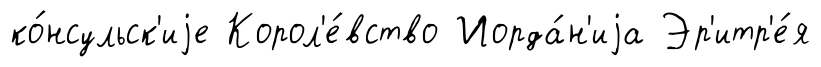
ко́нсульск'иjе Корол'е́вство Иорда́н'иjа Эр'итр'е́я